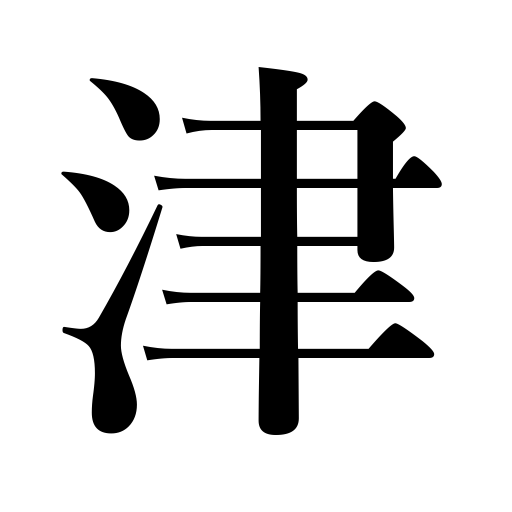
Meanings: harbor,ferry,port